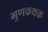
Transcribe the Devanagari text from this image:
गुणकथक